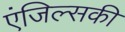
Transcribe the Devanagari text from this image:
एंजिल्सकी